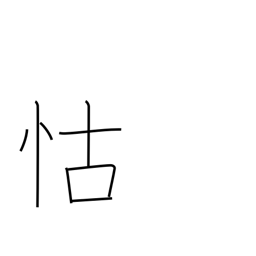
Meaning: depend